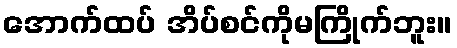
အောက်ထပ် အိပ်စင်ကိုမကြိုက်ဘူး။